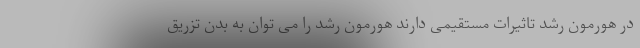
در هورمون رشد تاثیرات مستقیمی دارند هورمون رشد را می توان به بدن تزریق